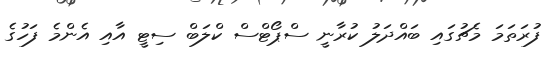
ފުރަތަމަ މެޗުގައި ބައްދަލު ކުރާނީ ސްޕޯޓްސް ކްލަބް ސިޓީ އާއި އެންމެ ފަހުގެ